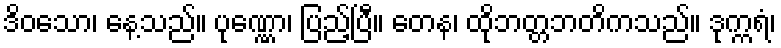
ဒိဝသော၊ နေ့သည်။ ပုဏ္ဏော၊ ပြည့်ပြီ။ တေန၊ ထိုဘတ္တဘတိကသည်။ ဒုက္ကရံ၊